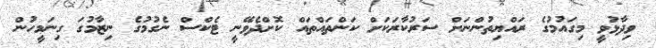
ވިދާޅުވީ މިގައުމުގެ ރައްޔިތުންނަށް ސަރުކާރަކަށް ކަންތައްތައް ކޮށްދެވޭނީ ޓެކްސް ނެގުމުގެ ނިޒާމުގަ ގިނަމީހުން